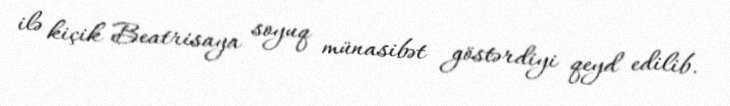
ilə kiçik Beatrisaya soyuq münasibət göstərdiyi qeyd edilib.